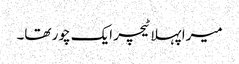
میرا پہلا ٹیچر ایک چور تھا۔